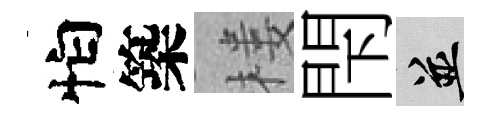
怕築楼閇并